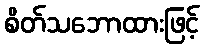
စိတ်သဘောထားဖြင့်